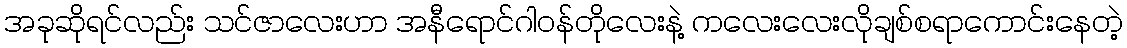
အခုဆိုရင်လည်း သင်ဇာလေးဟာ အနီရောင်ဂါဝန်တိုလေးနဲ့ ကလေးလေးလိုချစ်စရာကောင်းနေတဲ့